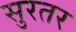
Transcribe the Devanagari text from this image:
सुरतर